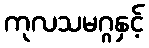
ကုလသမဂ္ဂနှင့်